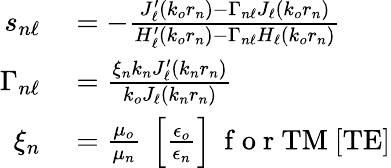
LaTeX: \begin{array}{rl}{s_{n\ell}}&{{}=-\frac{J_{\ell}^{\prime}\left(k_{o}r_{n}\right)-\Gamma_{n\ell}J_{\ell}\left(k_{o}r_{n}\right)}{H_{\ell}^{\prime}\left(k_{o}r_{n}\right)-\Gamma_{n\ell}H_{\ell}\left(k_{o}r_{n}\right)}}\\ {\Gamma_{n\ell}}&{{}=\frac{\xi_{n}k_{n}J_{\ell}^{\prime}\left(k_{n}r_{n}\right)}{k_{o}J_{\ell}\left(k_{n}r_{n}\right)}}\\ {\xi_{n}}&{{}=\frac{\mu_{o}}{\mu_{n}}~\left[\frac{\epsilon_{o}}{\epsilon_{n}}\right]~\mathrm{~f~o~r~}\mathrm{TM}~[\mathrm{TE}]}\end{array}